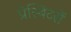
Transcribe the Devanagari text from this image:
प्रेस्बिटरों